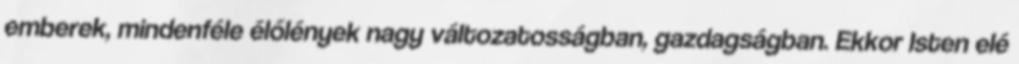
emberek, mindenféle élőlények nagy változatosságban, gazdagságban. Ekkor Isten elé